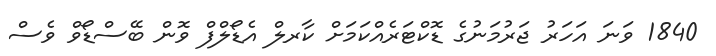
1840 ވަނަ އަހަރު ޖަރުމަނުގެ ޑޮކްޓަރެއްކަމަށް ކާރލް އެޑޯލްފް ވޮން ބޭސްޑޯވް ވެސް